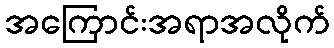
အကြောင်းအရာအလိုက်